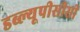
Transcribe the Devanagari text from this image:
डब्ल्यूपीसीसी